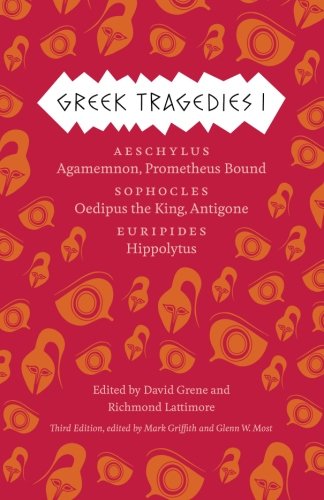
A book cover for Greek Tragedies 1: Aeschylus: Agamemnon, Prometheus Bound; Sophocles: Oedipus the King, Antigone; Euripides: Hippolytus; Literature & Fiction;